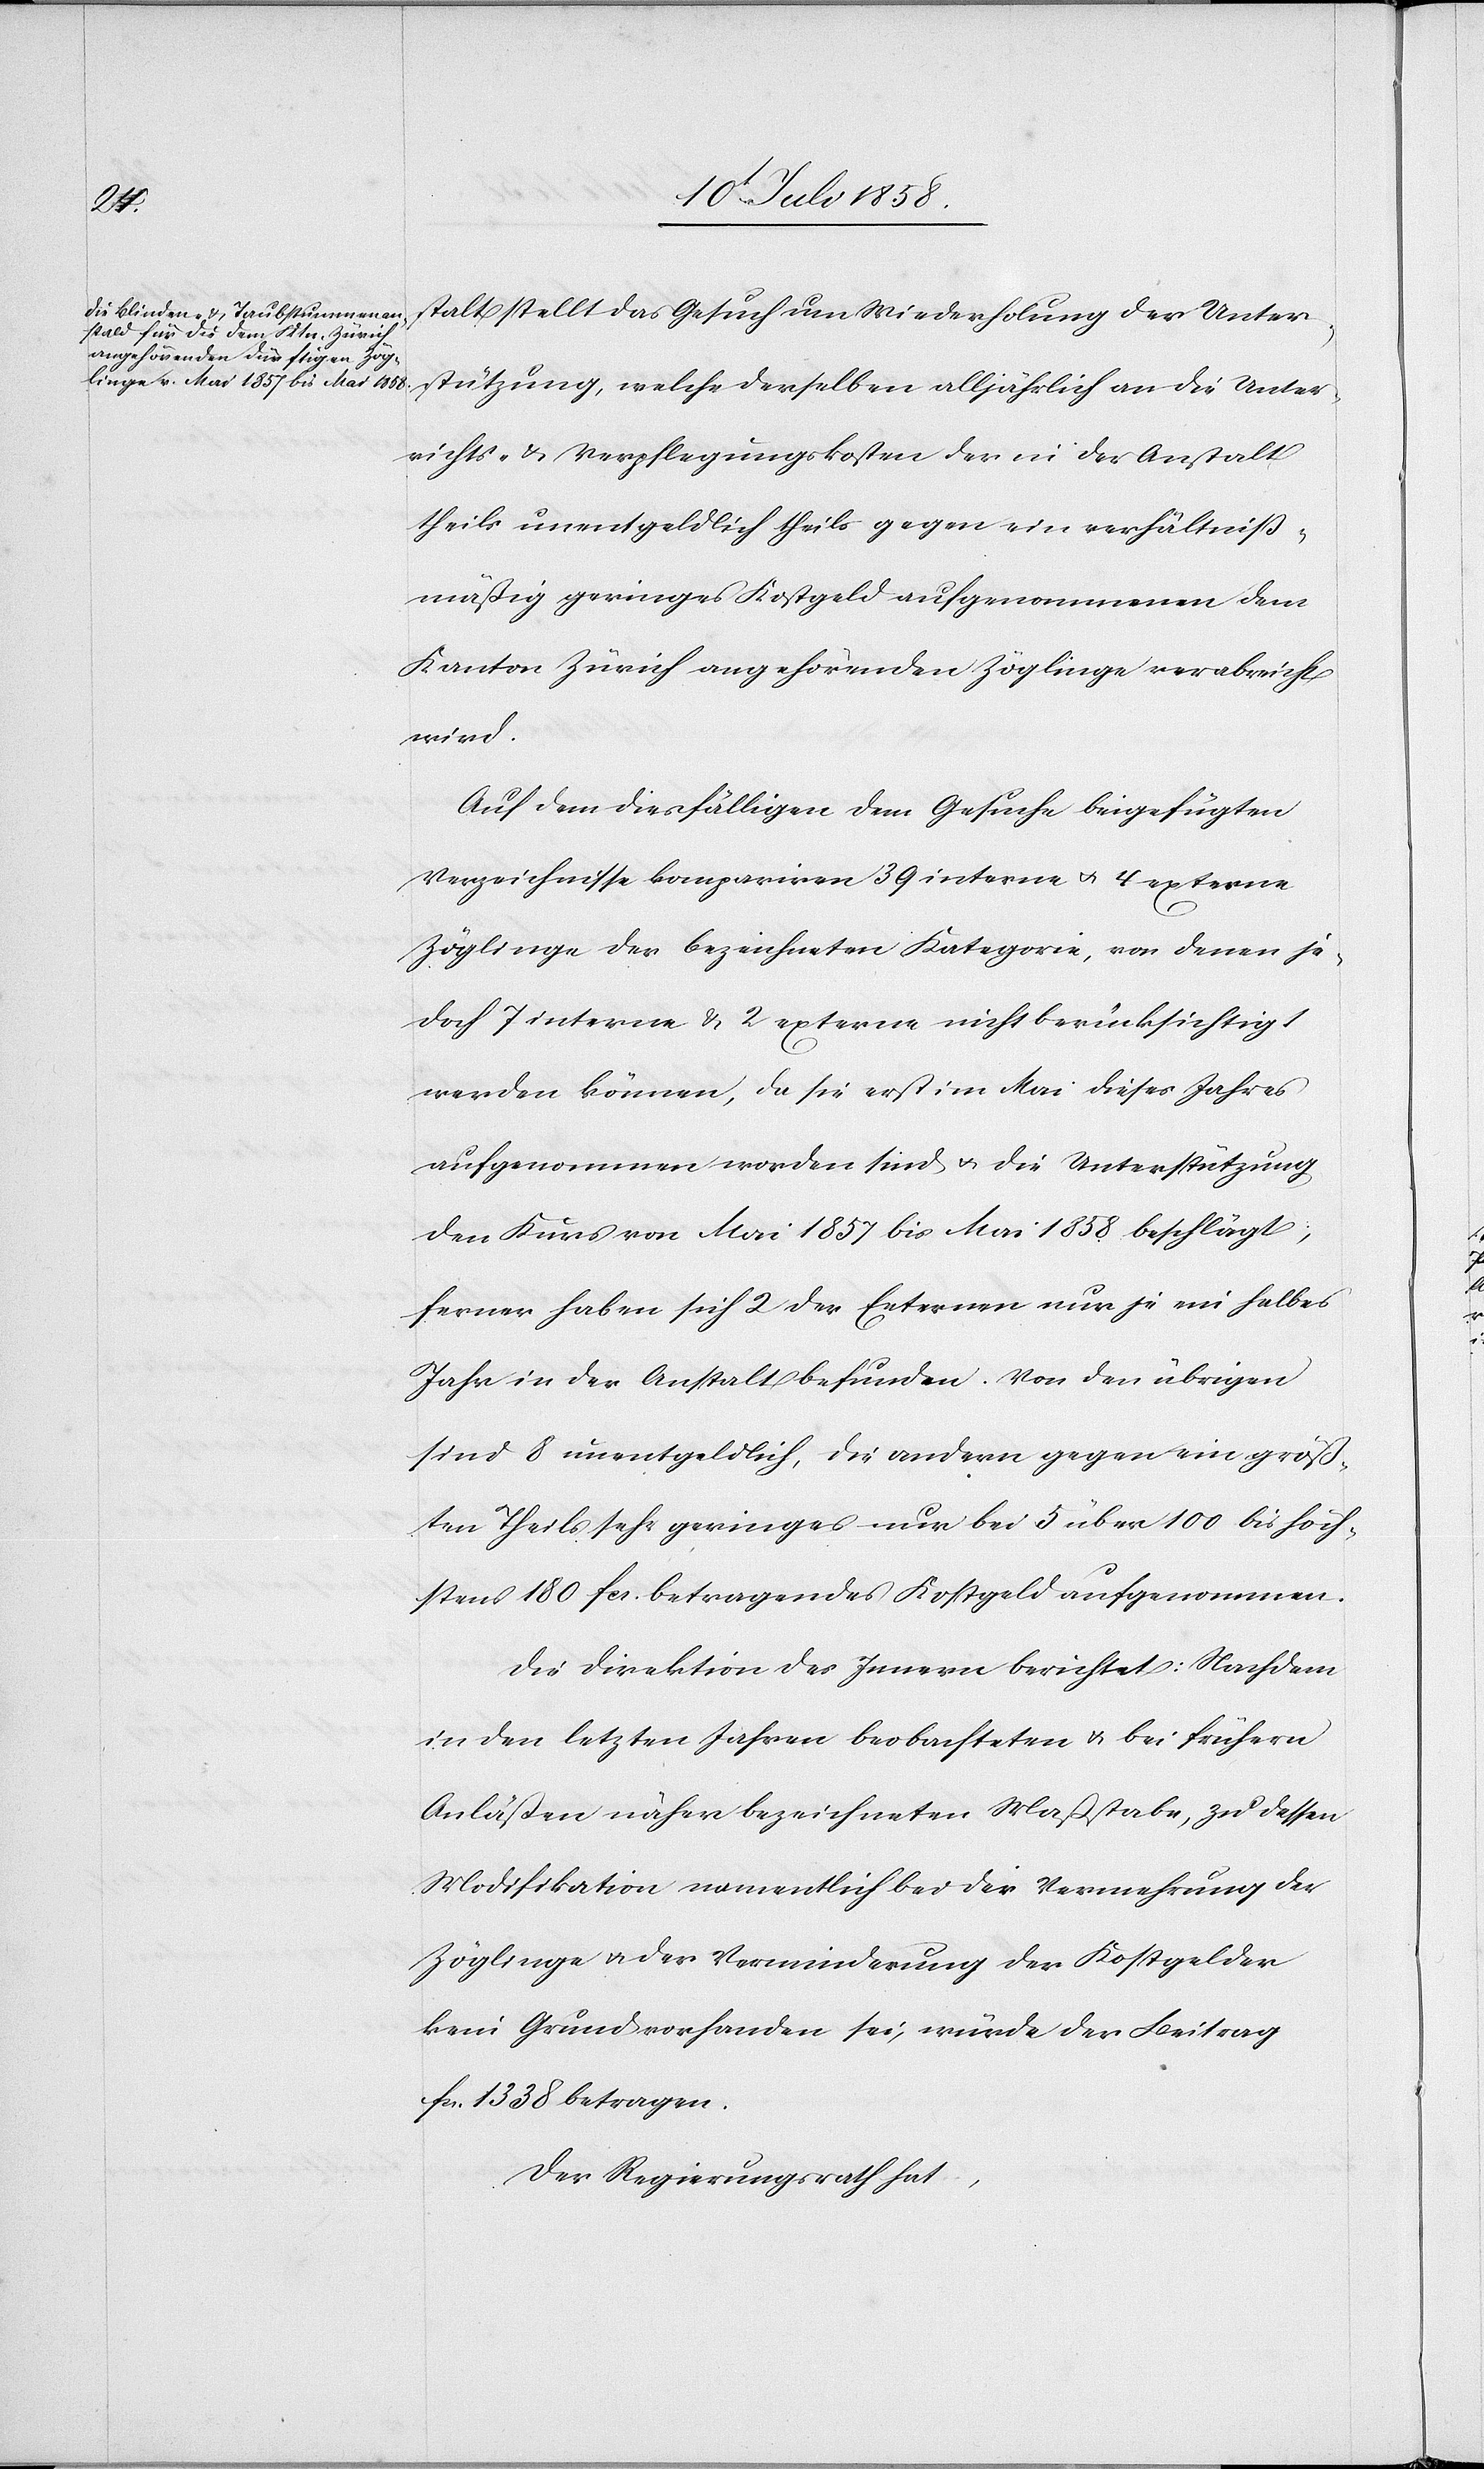
stalt stellt das Gesuch um Wiederholung der Unter¬
stützung, welche derselben alljährlich an die Unter¬
richts- & Verpflegungskosten der in der Anstalt
theils unentgeldlich theils gegen ein verhältniß¬
mäßig geringes Kostgeld aufgenommen dem
Kanton Zürich angehörenden Zöglinge verabreicht
wird.
Auf dem diesfälligen dem Gesuche beigefügten
Verzeichnisse kompariren 39 interne & 4 externe
Zöglinge der bezeichneten Kategorie, von denen je¬
doch 7 interne & 2 externe nicht berücksichtigt
werden können, da sie erst im Mai dieses Jahres
aufgenommen worden sind & die Unterstützung
den Kurs von Mai 1857 bis Mai 1858 beschlägt;
ferner haben sich 2 der Externen nur je ein halbes
Jahr in der Anstalt befunden. Von den übrigen
sind 8 unentgeldlich, die andern gegen ein größ¬
ten Theils sehr geringes nur bei 5 über 100 bis höch¬
stens 180 fcs. betragendes Kostgeld aufgenommen.
Die Direktion des Innern berichtet: Nachdem
in den letzten Jahren beobachteten & bei frühern
Anläßen näher bezeichneten Maßstabe, zu dessen
Modifikation namentlich bei der Vermehrung der
Zöglinge & der Verminderung der Kostgelder
kein Grund vorhanden sei, würde der Beitrag
fcs. 1338 betragen.
Der Regierungsrath hat,